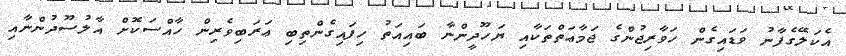
އެކަލޭގެފާނު ވަޑައިގެން ހަވާރިޖުންގެ ޖަމާޢަތްތަކާއި ޔަހޫދީންނާ ބައިއަތު ހިފައިގެންތިބި ޢަރަބިވެރިން ހާއްސަކޮށް އާލުސޫދުންނާއި